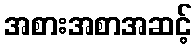
အစားအစာအဆင့်